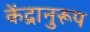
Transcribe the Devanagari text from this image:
केंद्रानुरूप